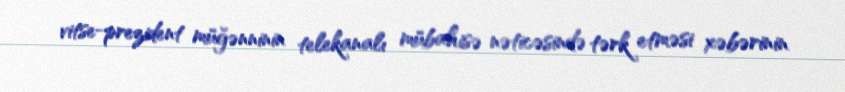
vitse-prezident müğənninin telekanalı mübahisə nəticəsində tərk etməsi xəbərinin